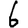
Digit: 6